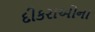
દીકરાઓના